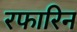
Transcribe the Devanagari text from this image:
रफारिन